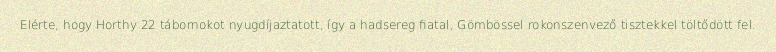
Elérte, hogy Horthy 22 tábornokot nyugdíjaztatott, így a hadsereg fiatal, Gömbössel rokonszenvező tisztekkel töltődött fel.